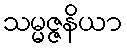
သမ္မဇ္ဇနိယာ